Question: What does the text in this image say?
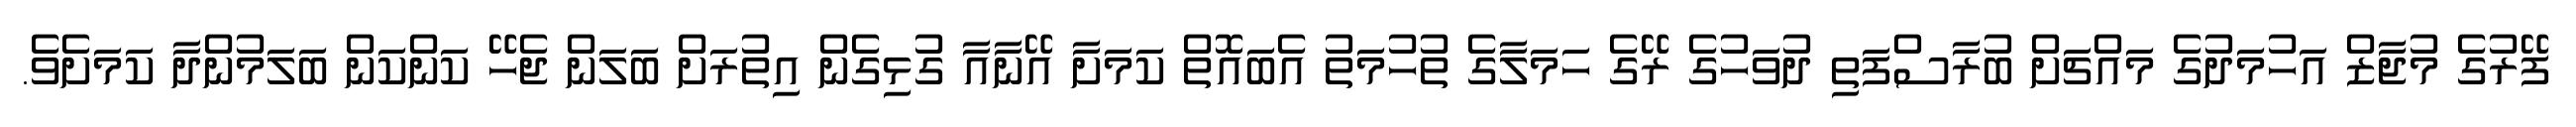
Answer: ފޭރުގެ މުޖާޒް އަހުމަދުގެ މައްޗަށް ބުރާސްފަތި ދުވަހުގެ ރޭގެ ހަމަލާގެ ތުހުމަތު އެބައޮތް ކަމަށާ އޭނާއާ ގުޅިގެން އިތުރަށް ބަލަން ޖެހޭ ކަންކަން ބަލަމުންދާ ކަމަށެވެ.